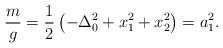
LaTeX: \begin{align*}\frac{m}{g}=\frac{1}{2}\left(-\Delta_0^2+x_1^2+x_2^2 \right)=a_1^2.\end{align*}